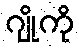
ဂျိုကို